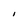
Character: l